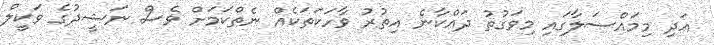
އަދި މިމައްސަލާގައި މިވަގުތު ދައްކާނެ އިތުރު ވާހަކަތަކެއް ނެތްކަމަށް ވެސް ނަޝީދުގެ ވަކީލް